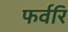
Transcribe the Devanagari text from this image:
फर्वरि